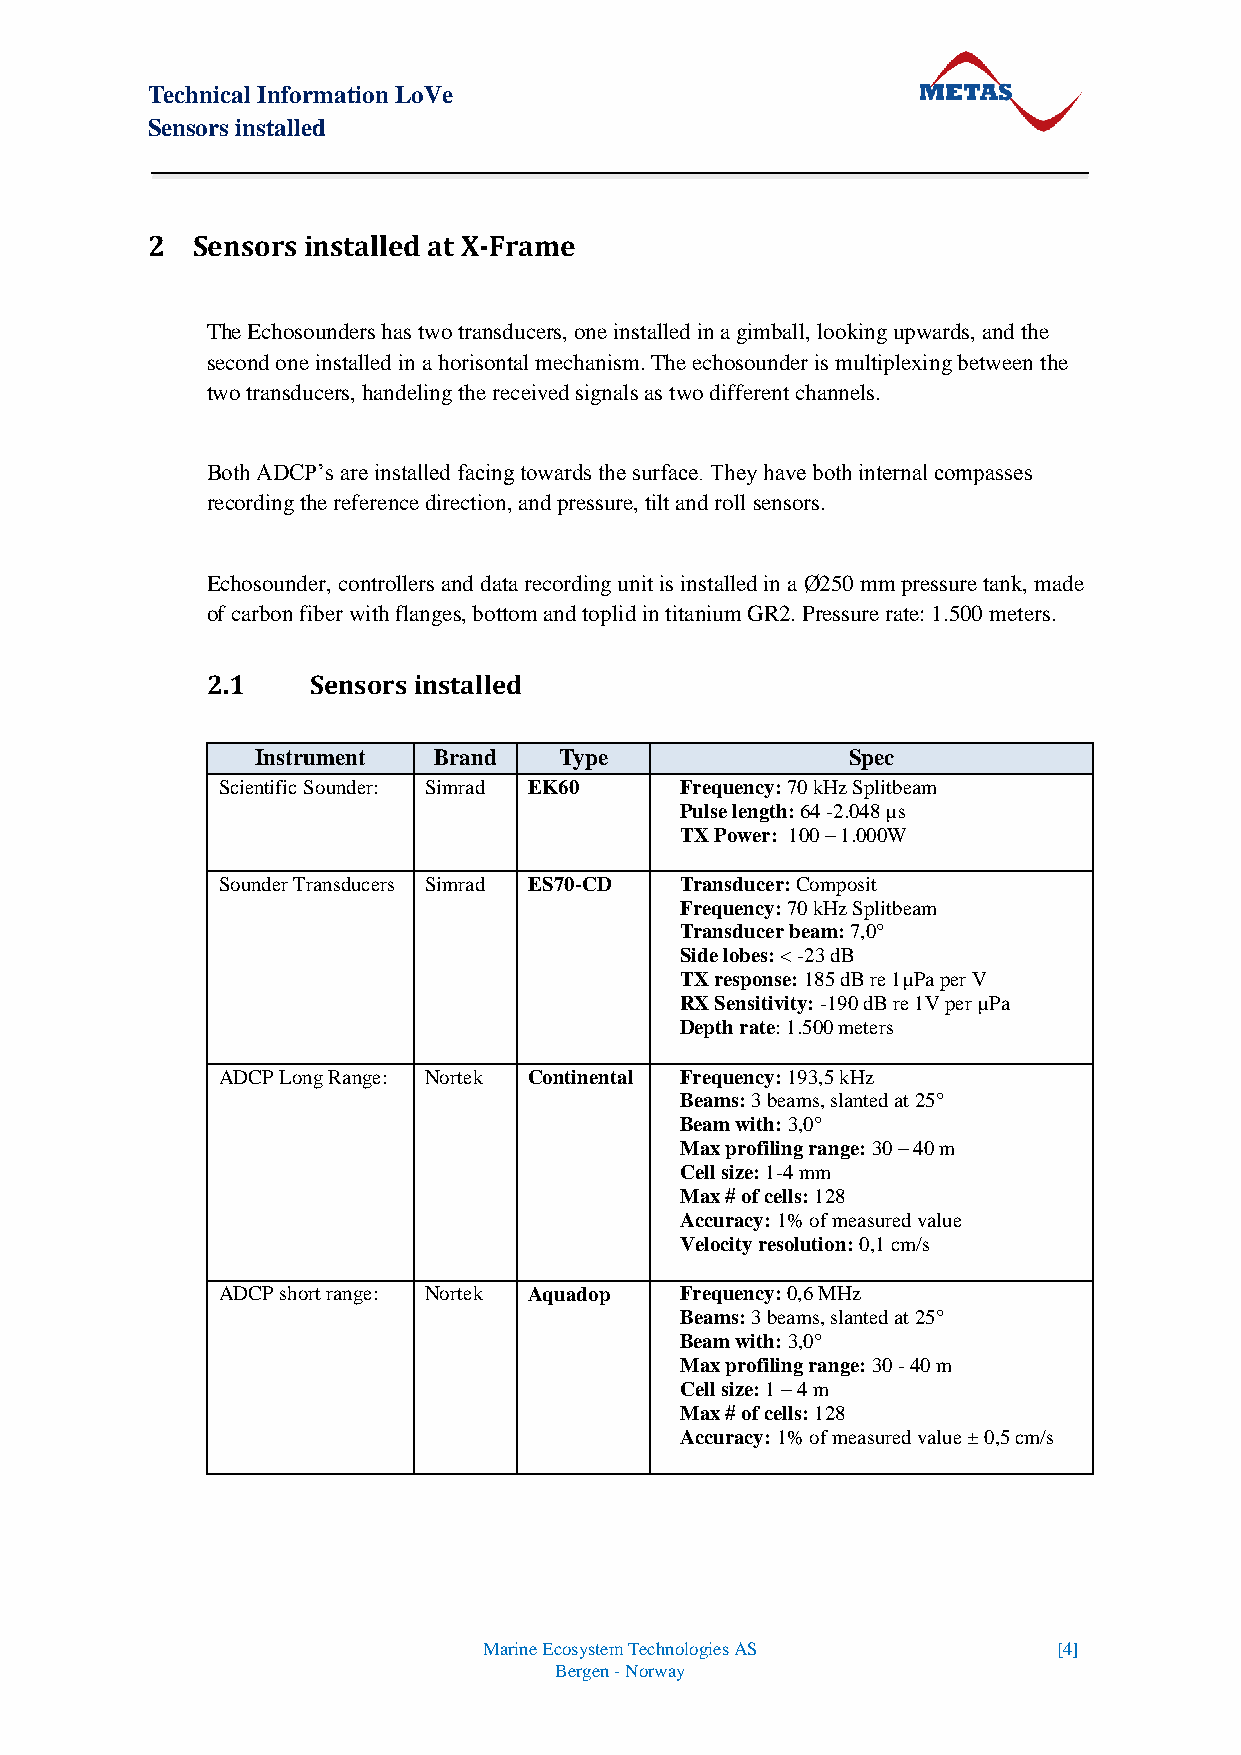
Technical Information LoVe
 Sensors installed
 2  Sensors installed at X-Frame
 The Echosounders has two transducers, one installed in a gimball, looking upwards, and the
 second one installed in a horisontal mechanism. The echosounder is multiplexing between the
 two transducers, handeling the received signals as two different channels.
 Both ADCP’s are installed facing towards the surface. They have both internal compasses
 recording the reference direction, and pressure, tilt and roll sensors.
 Echosounder, controllers and data recording unit is installed in a Ø250 mm pressure tank, made
 of carbon fiber with flanges, bottom and toplid in titanium GR2. Pressure rate: 1.500 meters.
 2.1    Sensors installed
 Instrument  Brand   Type               Spec
 Scientific Sounder: Simrad EK60 Frequency: 70 kHz Splitbeam
 Pulse length: 64 -2.048 µs
 TX Power: 100 – 1.000W
 Sounder Transducers Simrad ES70-CD Transducer: Composit
 Frequency: 70 kHz Splitbeam
 Transducer beam: 7,0°
 Side lobes: < -23 dB
 TX response: 185 dB re 1µPa per V
 RX Sensitivity: -190 dB re 1V per µPa
 Depth rate: 1.500 meters
 ADCP Long Range: Nortek Continental Frequency: 193,5 kHz
 Beams: 3 beams, slanted at 25°
 Beam with: 3,0°
 Max profiling range: 30 – 40 m
 Cell size: 1-4 mm
 Max # of cells: 128
 Accuracy: 1% of measured value
 Velocity resolution: 0,1 cm/s
 ADCP short range: Nortek Aquadop Frequency: 0,6 MHz
 Beams: 3 beams, slanted at 25°
 Beam with: 3,0°
 Max profiling range: 30 - 40 m
 Cell size: 1 – 4 m
 Max # of cells: 128
 Accuracy: 1% of measured value ± 0,5 cm/s
 Marine Ecosystem Technologies AS      [4]
 Bergen - Norway